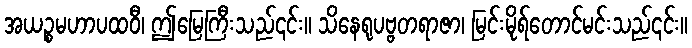
အယဉ္စမဟာပထဝီ၊ ဤမြေကြီးသည်၎င်း။ သိနေရုပဗ္ဗတရာဇာ၊ မြင်းမိုရ်တောင်မင်းသည်၎င်း။